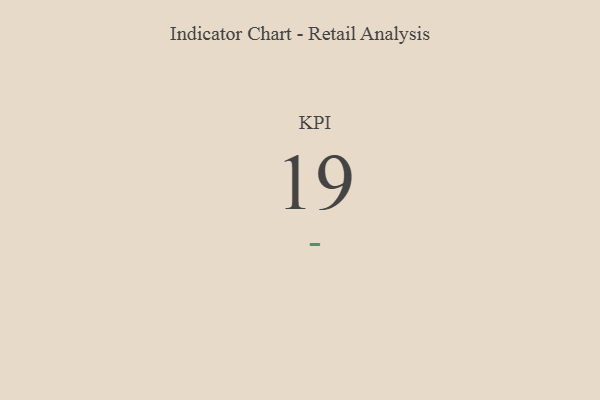
{"axis": {"x": "KPI", "y": "Value"}, "legend": [""], "data": [{"x": "KPI", "y": 19, "type": ""}]}